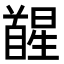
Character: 𮩥